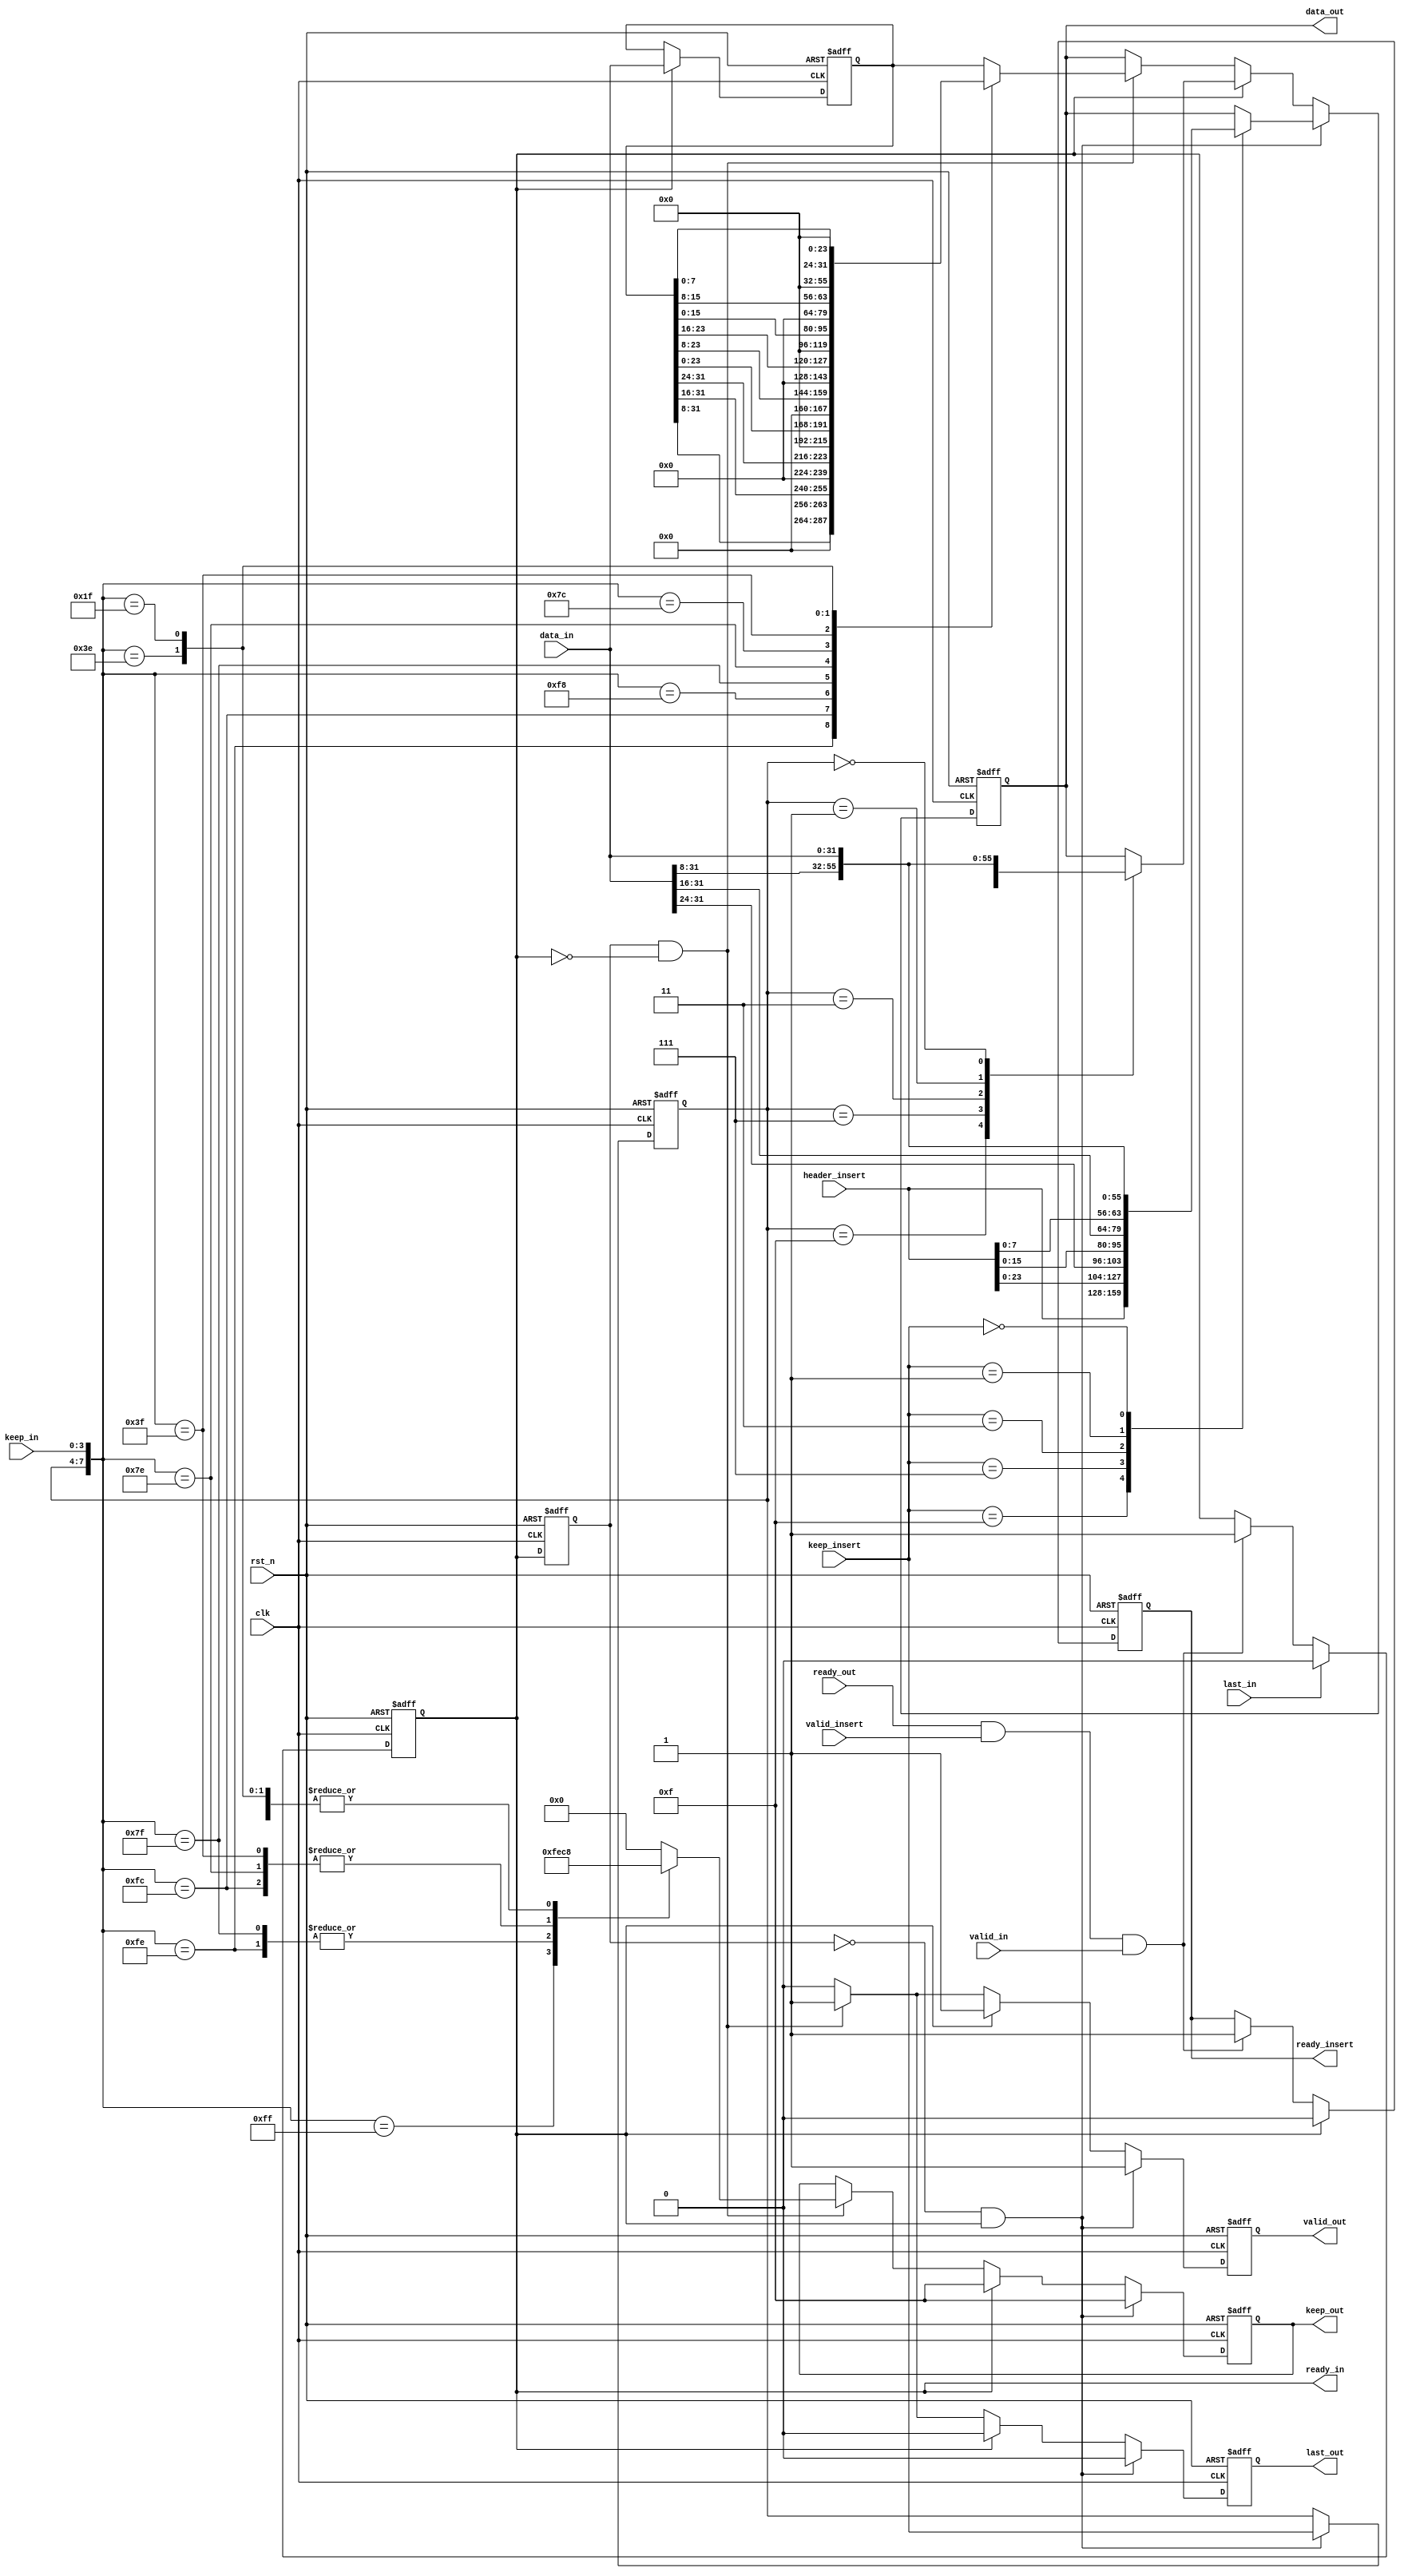
module axi_stream_insert_header #(
	parameter DATA_WD = 32,
	parameter DATA_BYTE_WD = DATA_WD / 8
) (
	input clk,
	input rst_n,

	// AXI Stream input original data
	input valid_in,
	input [DATA_WD-1 : 0] data_in,
	input [DATA_BYTE_WD-1 : 0] keep_in,
	input last_in,
	output reg ready_in,

	// The header to be inserted to AXI Stream input
	input valid_insert,
	input [DATA_WD-1 : 0] header_insert,
	input [DATA_BYTE_WD-1 : 0] keep_insert,
	output reg ready_insert,

	// AXI Stream output with header inserted
	output reg valid_out,
	output reg [DATA_WD-1 : 0] data_out,
	output reg [DATA_BYTE_WD-1 : 0] keep_out,
	output reg last_out,
	input ready_out
);

	reg [DATA_WD-1 : 0] data_in_t;					//data_in
	reg ready_in_t;									//ready_in
	reg [DATA_BYTE_WD-1 : 0] keep_insert_lock;		//keep_insert

	wire ready_in_up, ready_in_down;				//ready_inready_in
	assign ready_in_up = ~ready_in_t && ready_in;    
	assign ready_in_down = ready_in_t && ~ready_in;	 

	always @(posedge clk or negedge rst_n) begin 
		if(~rst_n) begin
			ready_in <= 0;
		end
		else if (last_in) begin// 
			ready_in <= 0;      //
		end
		else if (ready_out && valid_insert && valid_in) begin // 
			ready_in <= 1;  //  data
		end
		else begin
			ready_in <= ready_in;
		end
	end

	always @(posedge clk or negedge rst_n) begin 
		if(~rst_n) begin
			ready_in_t <= 0;
		end
		else begin
			ready_in_t <= ready_in;
		end
	end

	always @(posedge clk or negedge rst_n) begin 
		if(~rst_n) begin
			ready_insert <= 0;
		end 
		else if (ready_in) begin  // datadata
			ready_insert <= 0;    // 
		end
		else if (ready_out && valid_insert && valid_in) begin //ready_in 1
			ready_insert <= 1;     // data
		end
		else begin
			ready_insert <= ready_insert;  // 
		end
	end

	always @(posedge clk or negedge rst_n) begin 
		if(~rst_n) begin
			data_in_t <= 0;              
		end
		else if (ready_in) begin  //
			data_in_t <= data_in;    
		end
		else begin
			data_in_t <= data_in_t;  //data_in_t
		end
	end


	always @(posedge clk or negedge rst_n) begin 
		if(~rst_n) begin
			data_out <= 0;
			keep_out <= 0;
			last_out <= 0;
			valid_out <= 0;
			keep_insert_lock <= 0;
		end
		else if (ready_in_up) begin  //ready_in 
			case (keep_insert)       //header 
				4'b1111:data_out <= header_insert;  
				4'b0111:data_out <= {header_insert[23:0],data_in[DATA_WD-1:24]};
				4'b0011:data_out <= {header_insert[15:0],data_in[DATA_WD-1:16]};
				4'b0001:data_out <= {header_insert[7:0],data_in[DATA_WD-1:8]};
				4'b0000:data_out <= data_in;
				default : data_out <= data_out;
			endcase
			valid_out <= 1;  //   
			keep_out <= 4'b1111; // 
			last_out <= 0;       
			keep_insert_lock <= keep_insert; // 
		end
		else if (ready_in) begin  //ready_indata_in_tdata_in
			case (keep_insert_lock)
				4'b1111:data_out <= data_in_t;
				4'b0111:data_out <= {data_in_t[23:0],data_in[DATA_WD-1:24]};
				4'b0011:data_out <= {data_in_t[15:0],data_in[DATA_WD-1:16]};
				4'b0001:data_out <= {data_in_t[7:0],data_in[DATA_WD-1:8]};
				4'b0000:data_out <= data_in;
				default : data_out <= data_out;
			endcase
			valid_out <= 1;  //
			keep_out <= 4'b1111; 
			last_out <= 0;
			keep_insert_lock <= keep_insert_lock;
		end
		else if (ready_in_down) begin // ready_in
			case ({keep_insert_lock, keep_in})   //  
				16'b1111_1111:begin             // 4byte
					data_out <= data_in_t;     //  
					valid_out <= 1;
					keep_out <= 4'b1111;
					last_out <= 1;
				end
				16'b1111_1110:begin         // 4byte3byte
					data_out <= {data_in_t[DATA_WD-1:8],8'b0};     //
					valid_out <= 1;
					keep_out <= 4'b1110;
					last_out <= 1;
				end
				16'b1111_1100:begin
					data_out <= {data_in_t[DATA_WD-1:16],16'b0};
					valid_out <= 1;
					keep_out <= 4'b1100;
					last_out <= 1;
				end
				16'b1111_1000:begin
					data_out <= {data_in_t[DATA_WD-1:24],24'b0};
					valid_out <= 1;
					keep_out <= 4'b1000;
					last_out <= 1;
				end
				16'b0111_1111:begin     // 4byte3byte
					data_out <= {data_in_t[23:0],8'b0};    //3byte1byte3byte
					valid_out <= 1;
					keep_out <= 4'b1110;
					last_out <= 1;
				end
				16'b0111_1110:begin                     //3byte1byte2byte
					data_out <= {data_in_t[23:8],16'b0};
					valid_out <= 1;
					keep_out <= 4'b1100;
					last_out <= 1;
				end
				16'b0111_1100:begin
					data_out <= {data_in_t[23:16],24'b0};
					valid_out <= 1;
					keep_out <= 4'b1000;
					last_out <= 1;
				end
				16'b0011_1111:begin                     //2byte2byte2byte
					data_out <= {data_in_t[15:0],16'b0};
					valid_out <= 1;
					keep_out <= 4'b1100;
					last_out <= 1;
				end
				16'b0011_1110:begin                      //2byte2byte1byte
					data_out <= {data_in_t[15:8],24'b0};
					valid_out <= 1;
					keep_out <= 4'b1000;
					last_out <= 1;
				end
				16'b0001_1111:begin
					data_out <= {data_in_t[7:0],24'b0};
					valid_out <= 1;
					keep_out <= 4'b1000;
					last_out <= 1;
				end
				default : begin
					data_out <= data_in_t;
					valid_out <= 1;
					keep_out <= 4'b0000;
					last_out <= 1;
				end
			endcase
			keep_insert_lock <= keep_insert_lock;
		end
		else begin // ready_in 
			data_out <= data_out;
			keep_out <= keep_out;
			keep_insert_lock <= keep_insert_lock;
			last_out <= 0;
			valid_out <= 0;
		end
	end
endmodule